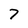
Character: 7